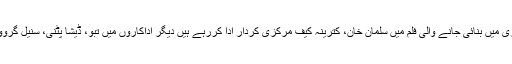
علی عباس ظفر کی ہدایت کاری میں بنائی جانے والی فلم میں سلمان خان، کترینہ کیف مرکزی کردار ادا کررہے ہیں دیگر اداکاروں میں تبو، ڈیشا پٹنی، سنیل گروور اور جیکی شرف شامل ہیں۔